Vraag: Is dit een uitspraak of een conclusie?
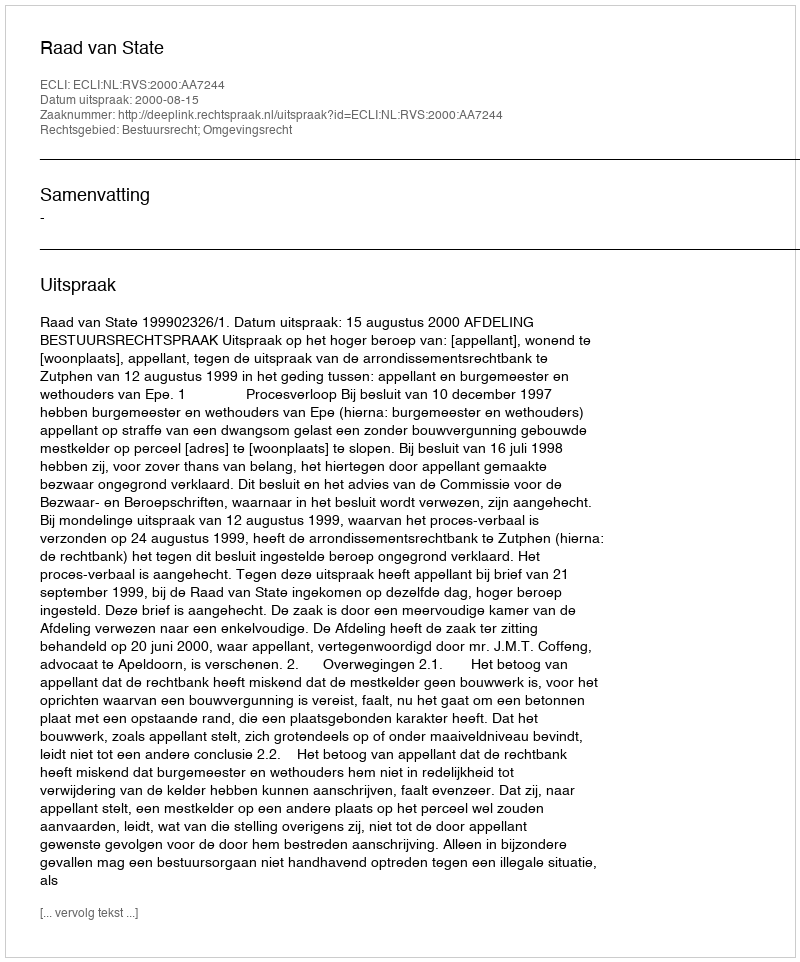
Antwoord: Uitspraak